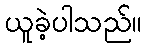
ယူခဲ့ပါသည်။